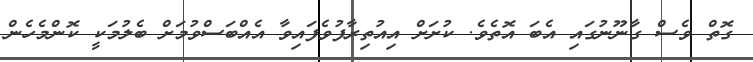
ގޮތް ވެސް ގާނޫނުގައި އެބަ އޮތެވެ. ކުށަށް އިއުތިރާފުވެފައިވާ އެއްބަސްވުމަށް ބެލުމަކީ ކޮންމެހެން